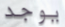
يوجد